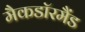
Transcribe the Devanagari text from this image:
मैकडाॅरमैंड